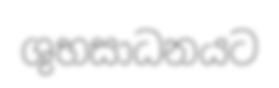
ශුභසාධනයට